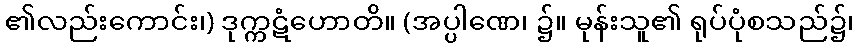
၏လည်းကောင်း၊) ဒုက္ကဋံဟောတိ။ (အပ္ပါဏေ၊ ၌။ မုန်းသူ၏ ရုပ်ပုံစသည်၌၊